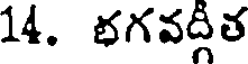
14. భగవద్గీత